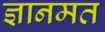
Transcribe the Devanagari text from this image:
ज्ञानमत